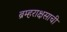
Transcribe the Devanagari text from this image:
ब्रम्हराक्षसाची